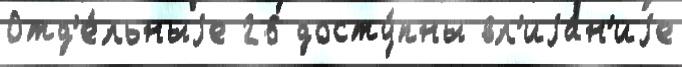
Отд'е́льныjе 26 досту́пны вл'иjа́н'иjе